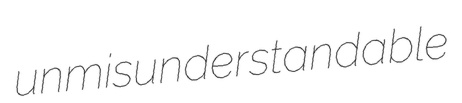
unmisunderstandable